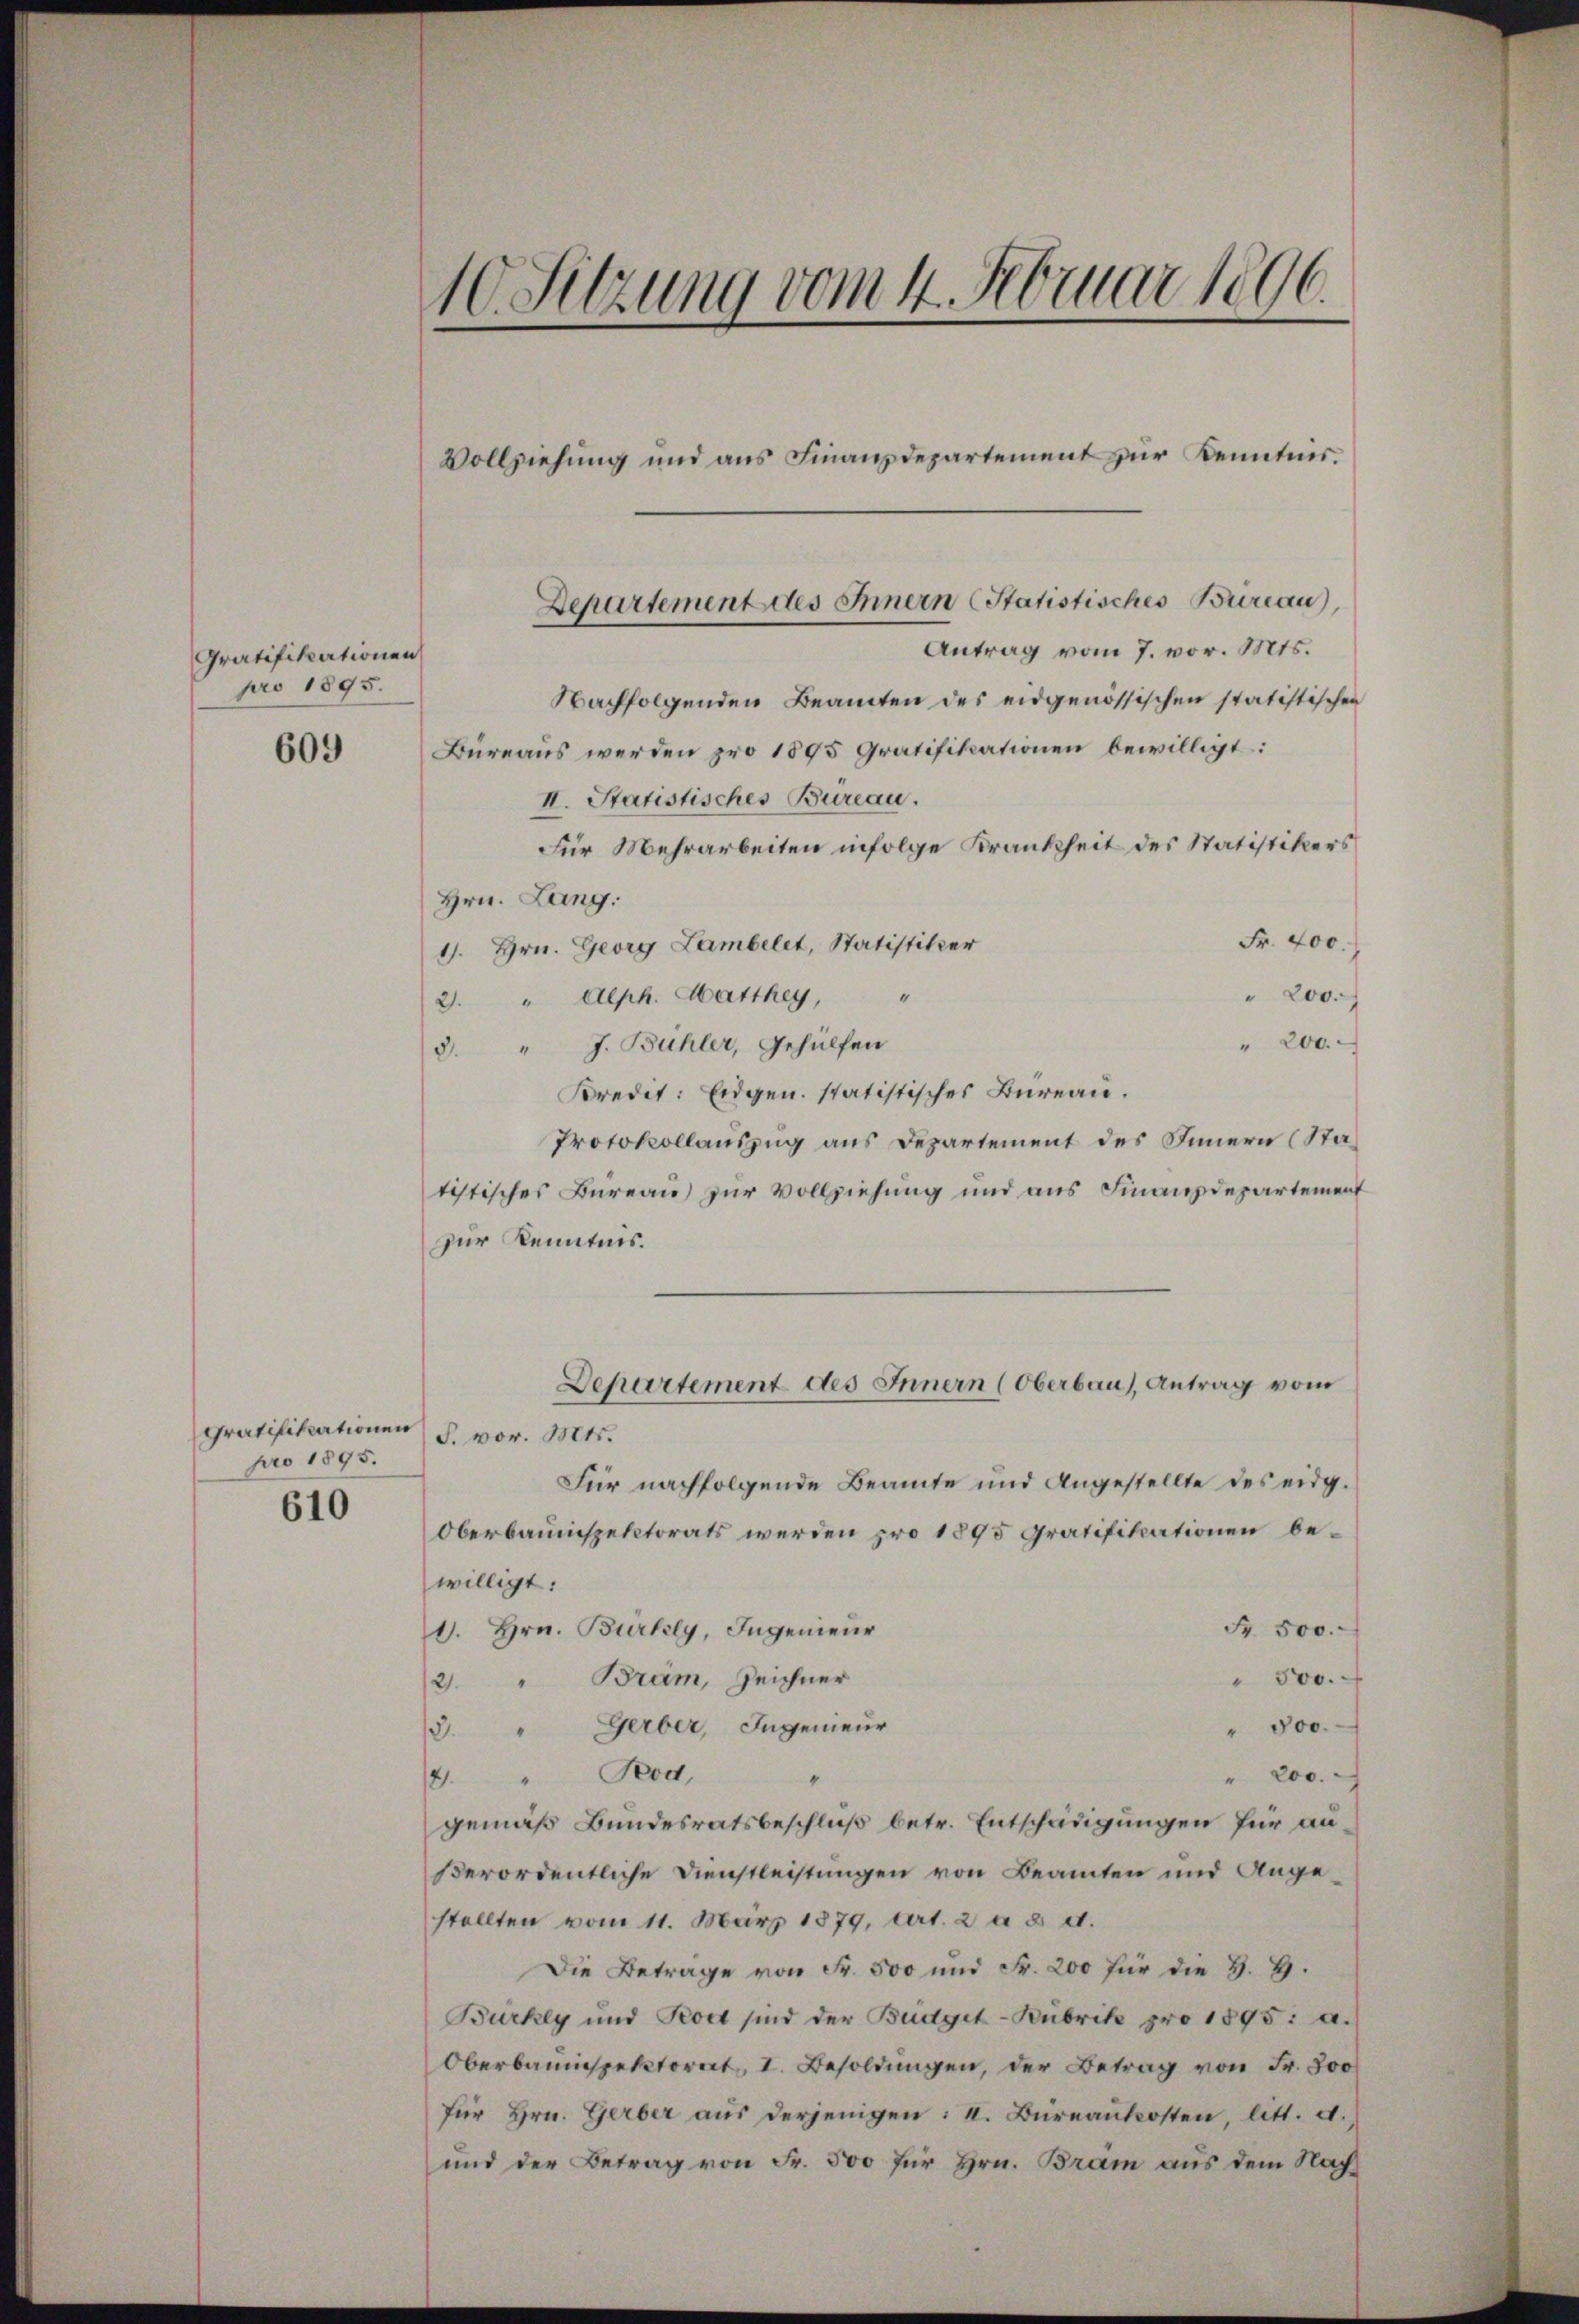
Gratifikationen
pro 1895.

609

Gratifikationen
pro 1895.

610

10. Sitzung vom 4. Februar 1896.
Vollziehung und aus Finanzdepartement zur Kenntnis.

Departement des Innern Statistisches Büreau
Antrag vom 7. vor. Mts.

Nachfolgenden Beamten des eidgenössischen statistischen
Bureaus werden pro 1895 Gratifikationen bewilligt:
II. Statistisches Büreau.
Für Mehrarbeiten infolge Krankheit des Statistikers
Hrn. Lang.
Fr. 400.
1. Hrn. Georg Lambelet, Statistiker
4
" 200.
2. " Alph. Hatthey,
" 200.
8. " J. Bühler, Gehülfen
Kredit: Eidgen. statistisches Bureau.
Protokollauszug aus Departement des Innern (Statistisches Bureau zur Vollziehung und aus Finanzdepartement
zur Kenntnis.
Departement des Innern (Oberbau), Antrag vom
S. vor. Mts.
Für nachfolgende Beamte und Angestellte des eidg.
Oberbauinspektorats werden pro 1895 Gratifikationen bewilligt:
Fr. 500.
1. Hrn. Bürkly, Ingenieur
" 500.
(21. " Bräm, Zeichner
/3. " Gerber, Ingenieur
" 500.
Rod,
" 200.
18
gemäß Bundesratsbeschluß betr. Entschädigungen für außerordentliche Dienstleistungen von Beamten und Angestellten vom 11. März 1879, Art. 2 a 8 et.
Die Betrage von Fr. 500 und Fr. 200 für die H. H.
Bürkey und Todt sind der Budget-Kubrik pro 1895: a.)
Oberbauinspektorat I. Besoldŭngen, der Betrag von Fr. 800
für hrn. Gerber aŭs derjenigen: I. Büreaŭkosten, litt. d.
und der Betrag von Fr. 500 für Hrn. Bram aus dem Nach¬